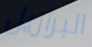
البرازيل